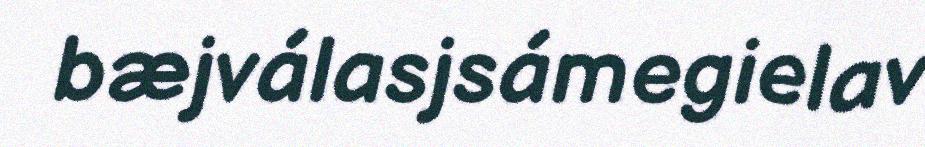
bæjválasjsámegielav